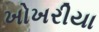
ખોખરીયા